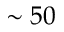
\sim 5 0